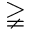
\gneqq